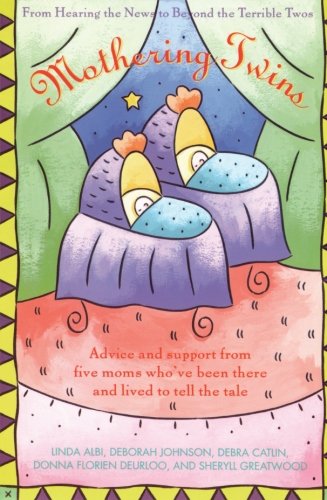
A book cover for Mothering Twins: From Hearing the News to Beyond the Terrible Twos; Linda Albi; Parenting & Relationships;